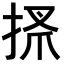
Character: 𢮞